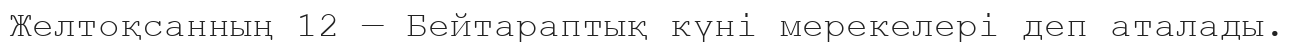
Желтоқсанның 12 — Бейтараптық күні мерекелері деп аталады.